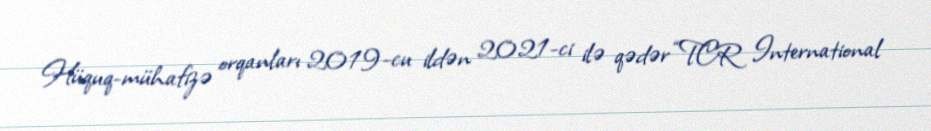
Hüquq-mühafizə orqanları 2019-cu ildən 2021-ci ilə qədər “TCR International